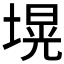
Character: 𱗢